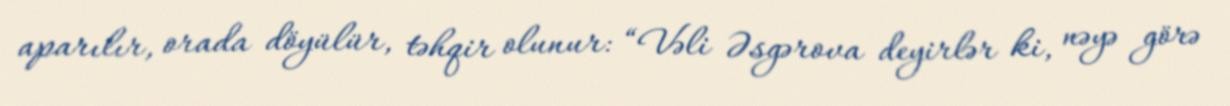
aparılır, orada döyülür, təhqir olunur: “Vəli Əsgərova deyirlər ki, nəyə görə